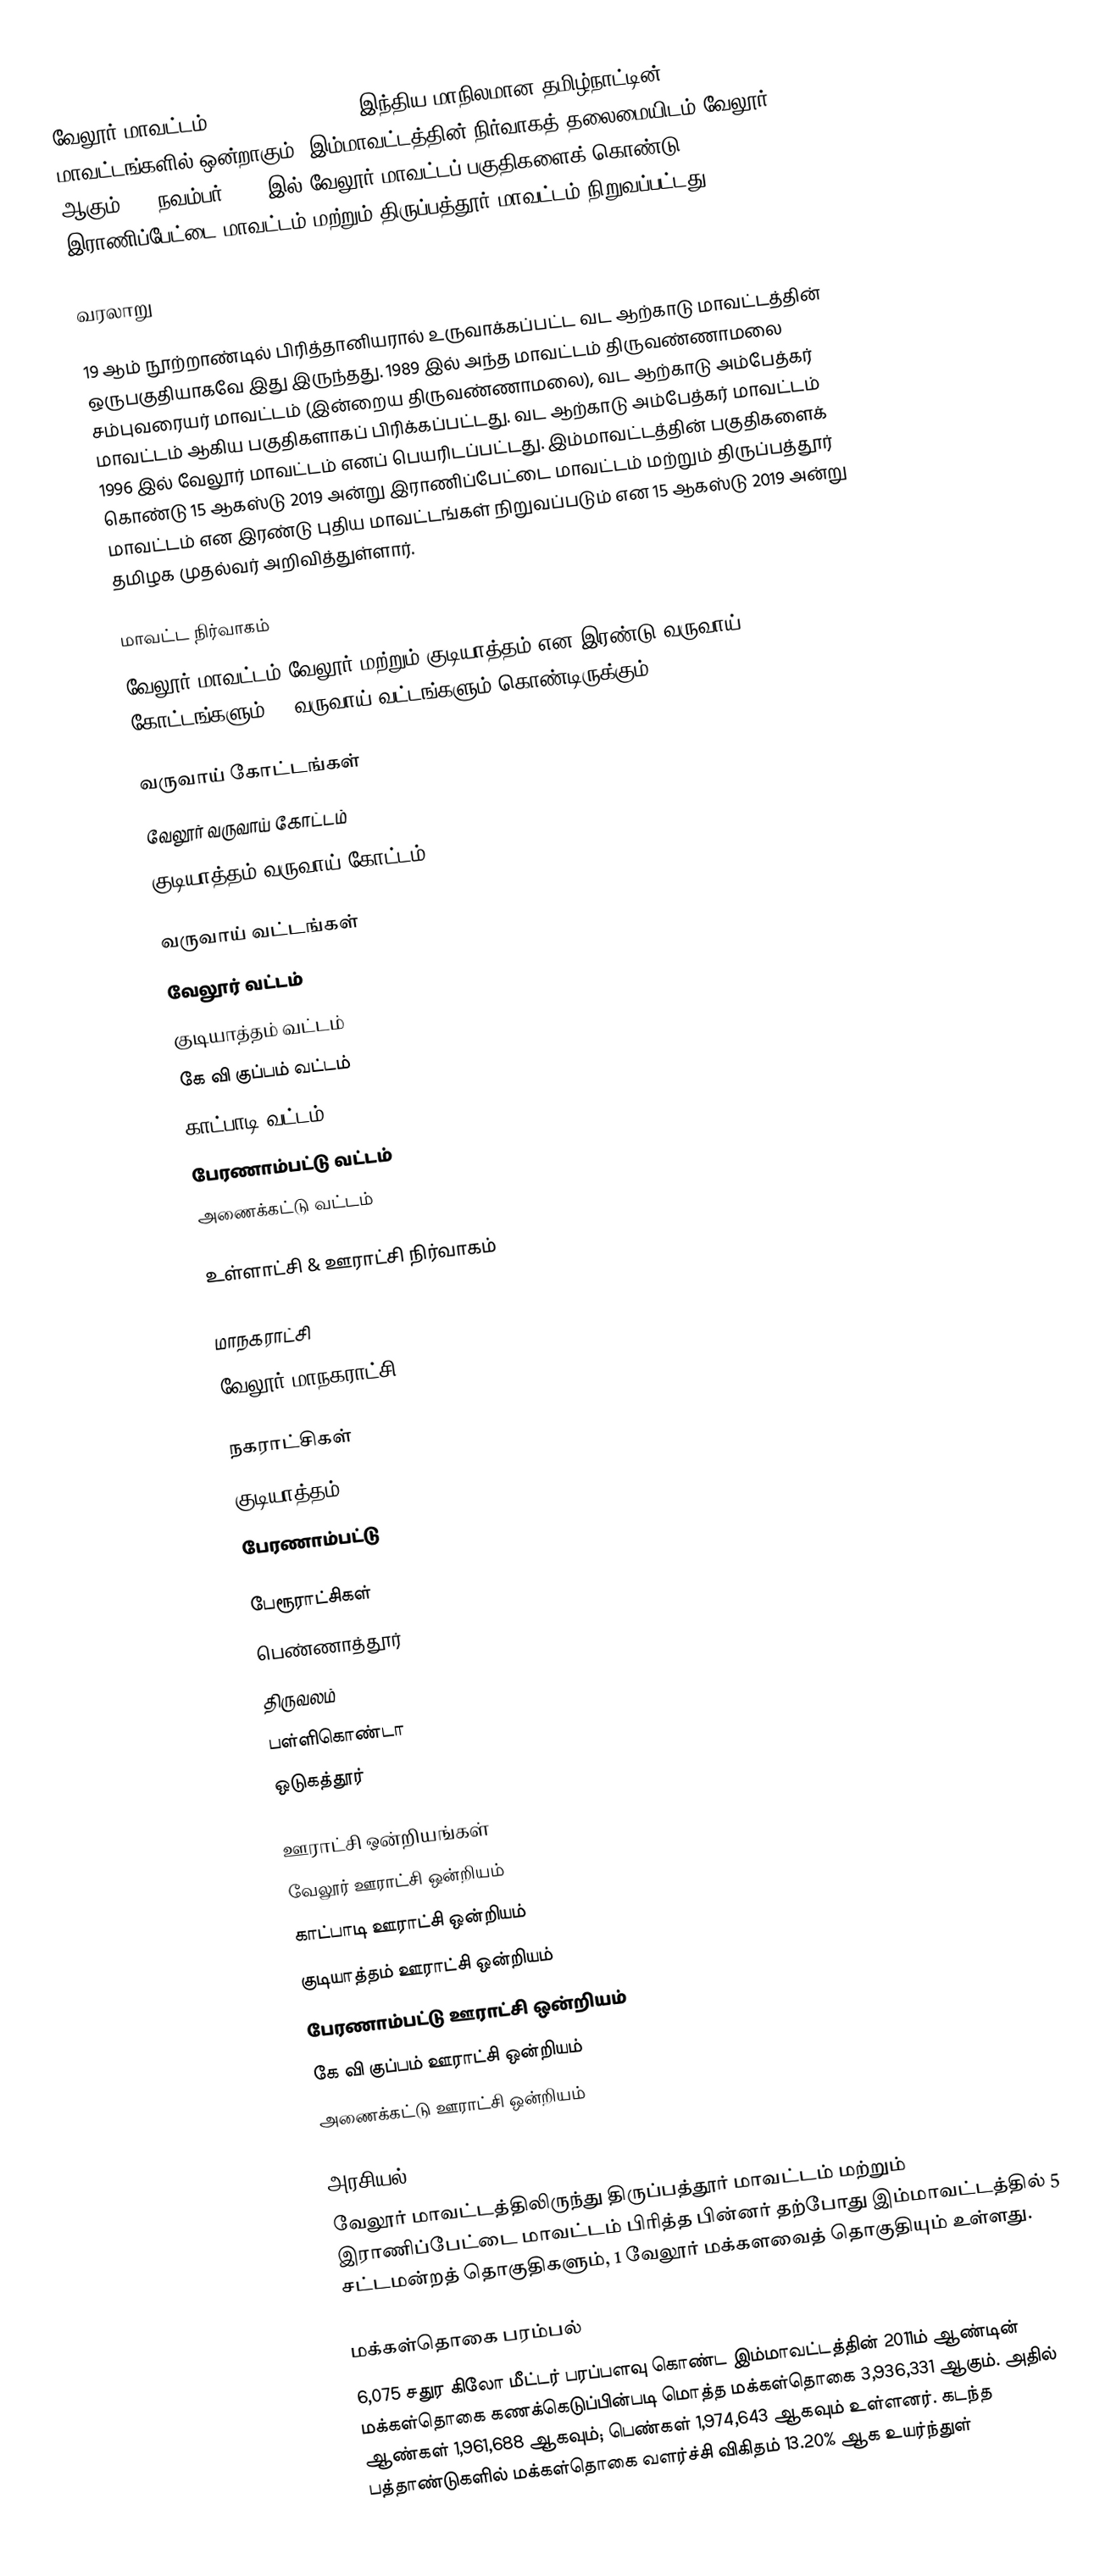
வேலூர் மாவட்டம் (Vellore district) இந்திய மாநிலமான தமிழ்நாட்டின் 38 மாவட்டங்களில் ஒன்றாகும். இம்மாவட்டத்தின் நிர்வாகத் தலைமையிடம் வேலூர் ஆகும். 28 நவம்பர் 2019-இல் வேலூர் மாவட்டப் பகுதிகளைக் கொண்டு இராணிப்பேட்டை மாவட்டம் மற்றும் திருப்பத்தூர் மாவட்டம் நிறுவப்பட்டது.

வரலாறு

19 ஆம் நூற்றாண்டில் பிரித்தானியரால் உருவாக்கப்பட்ட வட ஆற்காடு மாவட்டத்தின் ஒருபகுதியாகவே இது இருந்தது. 1989 இல் அந்த மாவட்டம் திருவண்ணாமலை சம்புவரையர் மாவட்டம் (இன்றைய திருவண்ணாமலை), வட ஆற்காடு அம்பேத்கர் மாவட்டம் ஆகிய பகுதிகளாகப் பிரிக்கப்பட்டது. வட ஆற்காடு அம்பேத்கர் மாவட்டம் 1996 இல் வேலூர் மாவட்டம் எனப் பெயரிடப்பட்டது. இம்மாவட்டத்தின் பகுதிகளைக் கொண்டு 15 ஆகஸ்டு 2019 அன்று இராணிப்பேட்டை மாவட்டம்  மற்றும் திருப்பத்தூர் மாவட்டம் என இரண்டு புதிய மாவட்டங்கள் நிறுவப்படும் என 15 ஆகஸ்டு 2019 அன்று தமிழக முதல்வர் அறிவித்துள்ளார்.

மாவட்ட நிர்வாகம்
வேலூர் மாவட்டம் வேலூர் மற்றும் குடியாத்தம் என இரண்டு வருவாய் கோட்டங்களும், 5 வருவாய் வட்டங்களும் கொண்டிருக்கும்.

வருவாய் கோட்டங்கள்
 வேலூர் வருவாய் கோட்டம்
 குடியாத்தம் வருவாய் கோட்டம்

வருவாய் வட்டங்கள்
 வேலூர் வட்டம்
 குடியாத்தம் வட்டம்
 கே வி குப்பம் வட்டம்
 காட்பாடி வட்டம்
 பேரணாம்பட்டு வட்டம்
 அணைக்கட்டு வட்டம்

உள்ளாட்சி & ஊராட்சி நிர்வாகம்

மாநகராட்சி
 வேலூர் மாநகராட்சி

நகராட்சிகள்
 குடியாத்தம்
 பேரணாம்பட்டு

பேரூராட்சிகள்
 பெண்ணாத்தூர்
 திருவலம்
 பள்ளிகொண்டா
 ஒடுகத்தூர்

ஊராட்சி ஒன்றியங்கள்
 வேலூர் ஊராட்சி ஒன்றியம்
 காட்பாடி ஊராட்சி ஒன்றியம்
 குடியாத்தம் ஊராட்சி ஒன்றியம்
 பேரணாம்பட்டு ஊராட்சி ஒன்றியம்
 கே வி குப்பம் ஊராட்சி ஒன்றியம்
 அணைக்கட்டு ஊராட்சி ஒன்றியம்

அரசியல்
வேலூர் மாவட்டத்திலிருந்து திருப்பத்தூர் மாவட்டம் மற்றும் இராணிப்பேட்டை மாவட்டம் பிரித்த பின்னர் தற்போது இம்மாவட்டத்தில் 5 சட்டமன்றத் தொகுதிகளும், 1 வேலூர் மக்களவைத் தொகுதியும் உள்ளது.

மக்கள்தொகை பரம்பல்
6,075 சதுர  கிலோ மீட்டர் பரப்பளவு கொண்ட   இம்மாவட்டத்தின் 2011ம் ஆண்டின் மக்கள்தொகை கணக்கெடுப்பின்படி மொத்த மக்கள்தொகை 3,936,331 ஆகும். அதில் ஆண்கள் 1,961,688 ஆகவும்; பெண்கள்  1,974,643 ஆகவும் உள்ளனர். கடந்த பத்தாண்டுகளில் மக்கள்தொகை வளர்ச்சி விகிதம் 13.20% ஆக உயர்ந்துள்